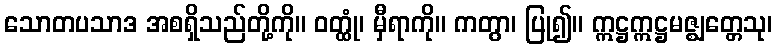
သောတပသာဒ အစရှိသည်တို့ကို။ ဝတ္ထုံ၊ မှီရာကို။ ကတွာ၊ ပြု၍။ ဣဋ္ဌဣဋ္ဌမဇ္ဈတ္တေသု၊